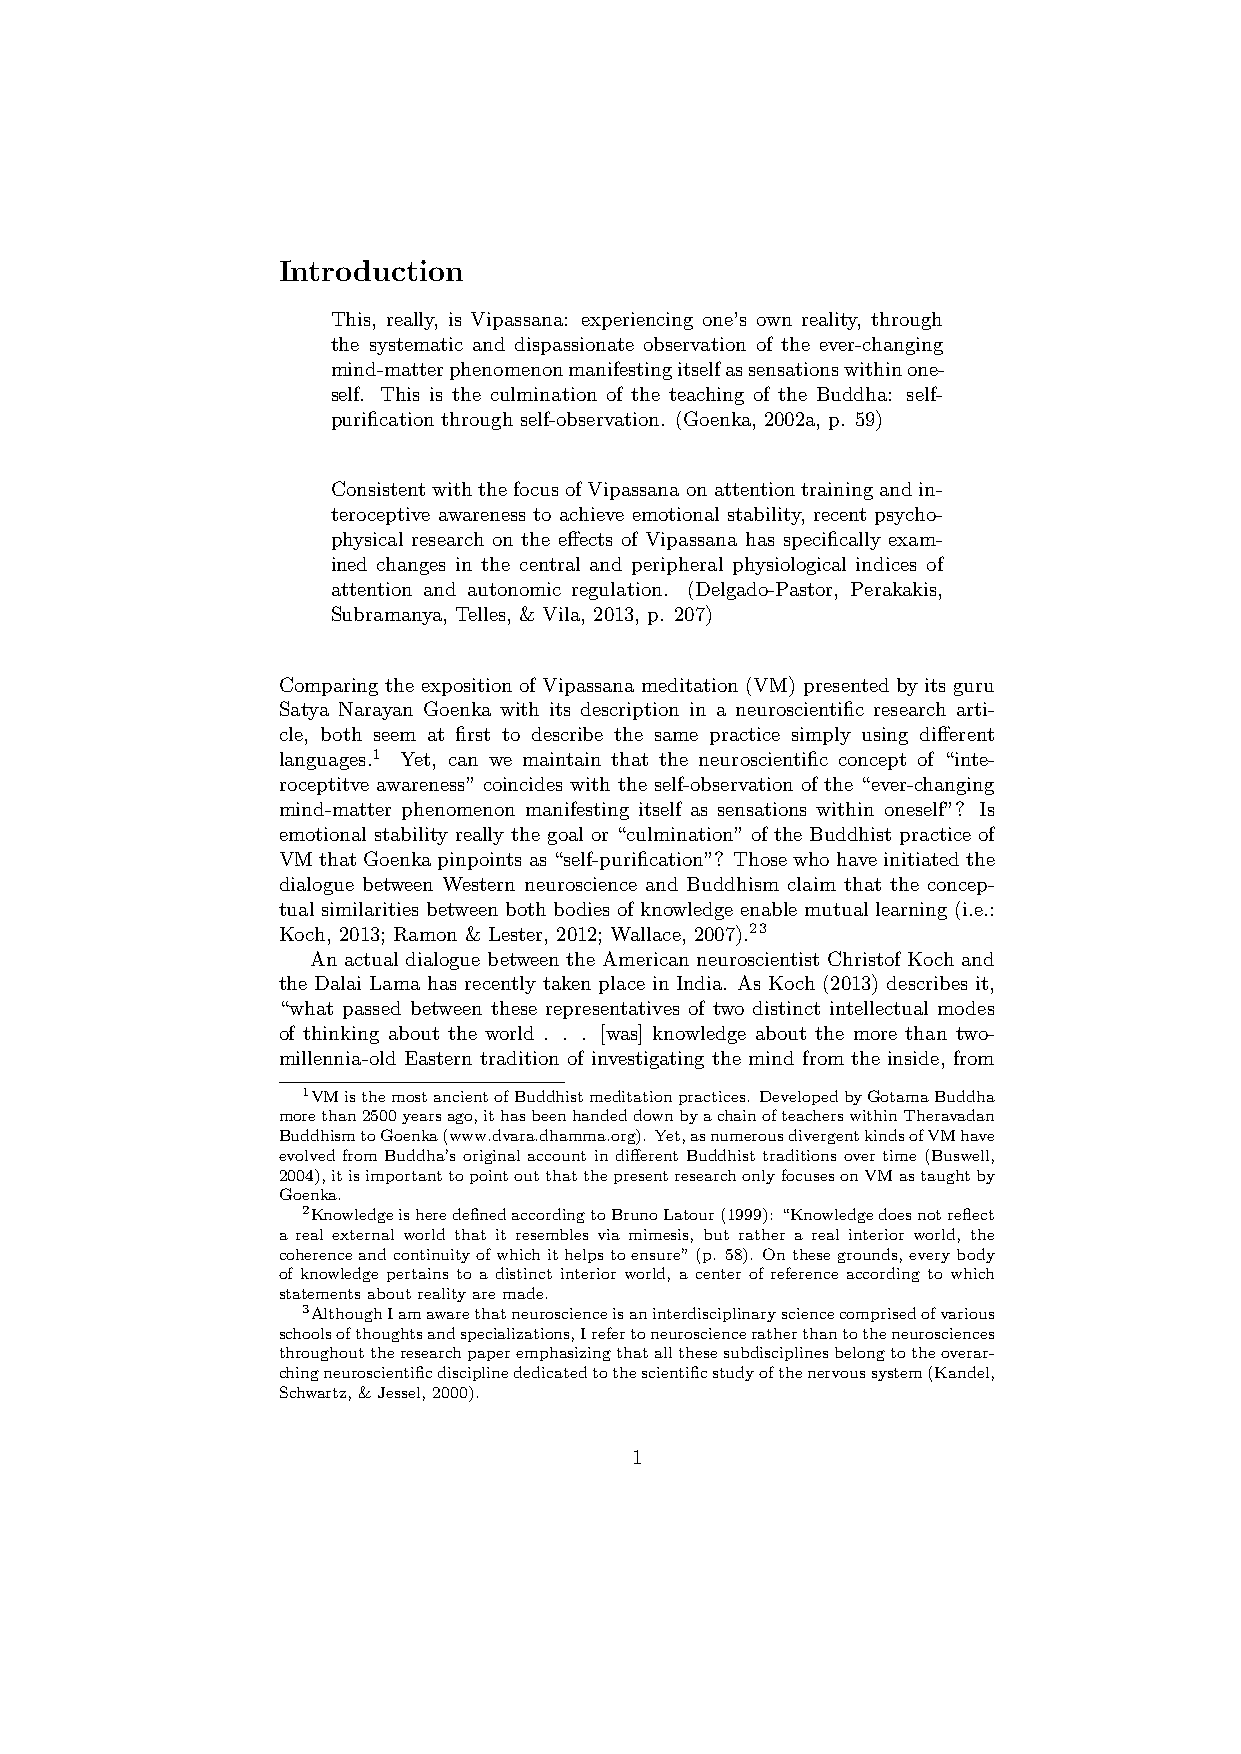
Introduction
 This, really, is Vipassana: experiencing one’s own reality, through
 the systematic and dispassionate observation of the ever-changing
 mind-matterphenomenonmanifestingitselfassensationswithinone-
 self. This is the culmination of the teaching of the Buddha: self-
 purification through self-observation. (Goenka, 2002a, p. 59)
 ConsistentwiththefocusofVipassanaonattentiontrainingandin-
 teroceptive awareness to achieve emotional stability, recent psycho-
 physical research on the effects of Vipassana has specifically exam-
 ined changes in the central and peripheral physiological indices of
 attention and autonomic regulation. (Delgado-Pastor, Perakakis,
 Subramanya, Telles, & Vila, 2013, p. 207)
 Comparing the exposition of Vipassana meditation (VM) presented by its guru
 Satya Narayan Goenka with its description in a neuroscientific research arti-
 cle, both seem at first to describe the same practice simply using different
 languages.1 Yet, can we maintain that the neuroscientific concept of “inte-
 roceptitve awareness” coincides with the self-observation of the “ever-changing
 mind-matter phenomenon manifesting itself as sensations within oneself”? Is
 emotional stability really the goal or “culmination” of the Buddhist practice of
 VMthatGoenkapinpointsas“self-purification”? Thosewhohaveinitiatedthe
 dialogue between Western neuroscience and Buddhism claim that the concep-
 tual similarities between both bodies of knowledge enable mutual learning (i.e.:
 Koch, 2013; Ramon & Lester, 2012; Wallace, 2007).23
 An actual dialogue between the American neuroscientist Christof Koch and
 the Dalai Lama has recently taken place in India. As Koch (2013) describes it,
 “what passed between these representatives of two distinct intellectual modes
 of thinking about the world . . . [was] knowledge about the more than two-
 millennia-old Eastern tradition of investigating the mind from the inside, from
 1VMisthemostancientofBuddhistmeditationpractices. DevelopedbyGotamaBuddha
 morethan2500yearsago,ithasbeenhandeddownbyachainofteacherswithinTheravadan
 BuddhismtoGoenka(www.dvara.dhamma.org). Yet,asnumerousdivergentkindsofVMhave
 evolved from Buddha’s original account in different Buddhist traditions over time (Buswell,
 2004),itisimportanttopointoutthatthepresentresearchonlyfocusesonVMastaughtby
 Goenka.
 2KnowledgeisheredefinedaccordingtoBrunoLatour(1999): “Knowledgedoesnotreflect
 a real external world that it resembles via mimesis, but rather a real interior world, the
 coherenceandcontinuityofwhichithelpstoensure”(p. 58). Onthesegrounds,everybody
 of knowledge pertains to a distinct interior world, a center of reference according to which
 statementsaboutrealityaremade.
 3AlthoughIamawarethatneuroscienceisaninterdisciplinarysciencecomprisedofvarious
 schoolsofthoughtsandspecializations,Irefertoneuroscienceratherthantotheneurosciences
 throughouttheresearchpaperemphasizingthatallthesesubdisciplinesbelongtotheoverar-
 chingneuroscientificdisciplinededicatedtothescientificstudyofthenervoussystem(Kandel,
 Schwartz,&Jessel,2000).
 1